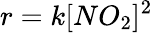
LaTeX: r=k[NO_{2}]^{2}